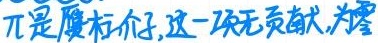
$\pi$是赝标介子,这一项无贡献,为零